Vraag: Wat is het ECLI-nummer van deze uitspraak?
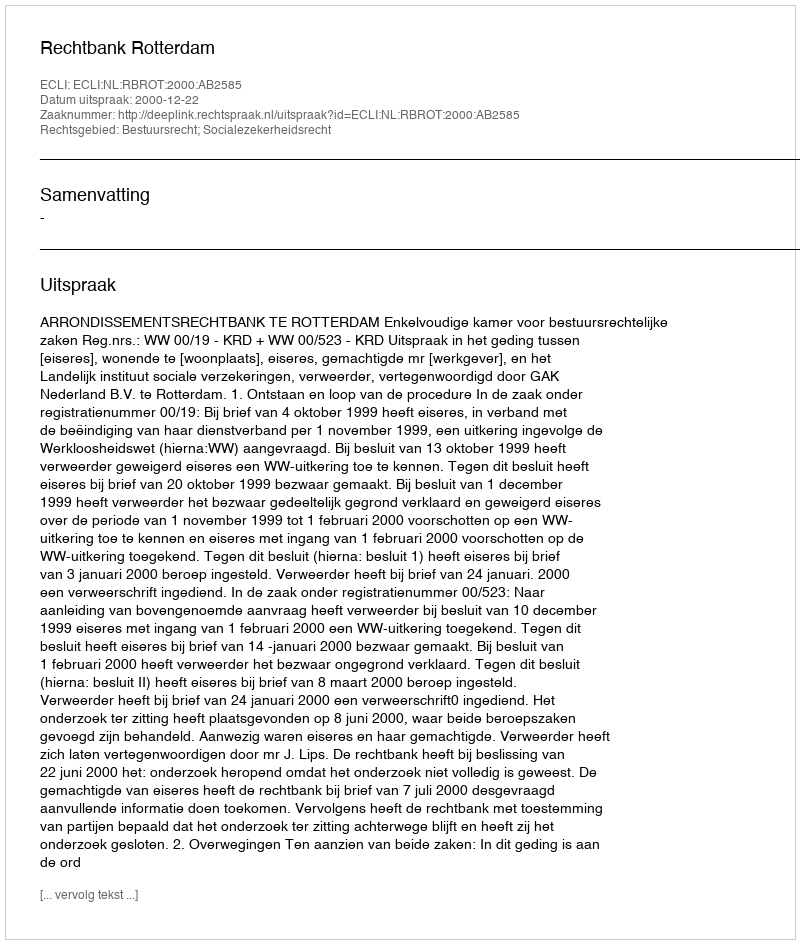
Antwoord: ECLI:NL:RBROT:2000:AB2585